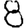
Digit: 8